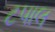
ટપાલ